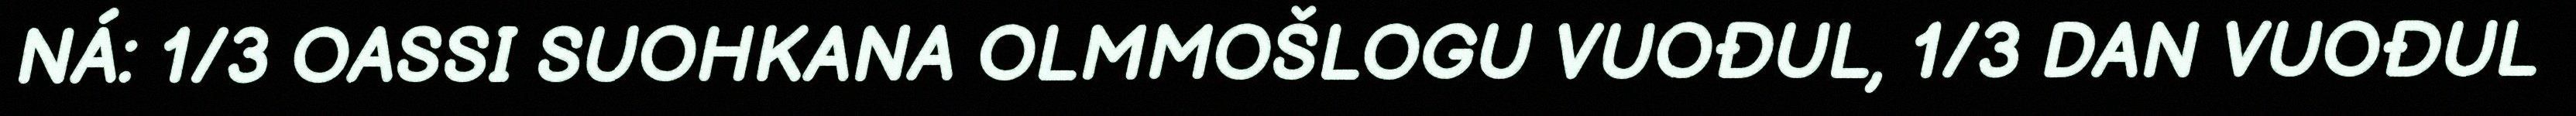
NÁ: 1/3 OASSI SUOHKANA OLMMOŠLOGU VUOĐUL, 1/3 DAN VUOĐUL